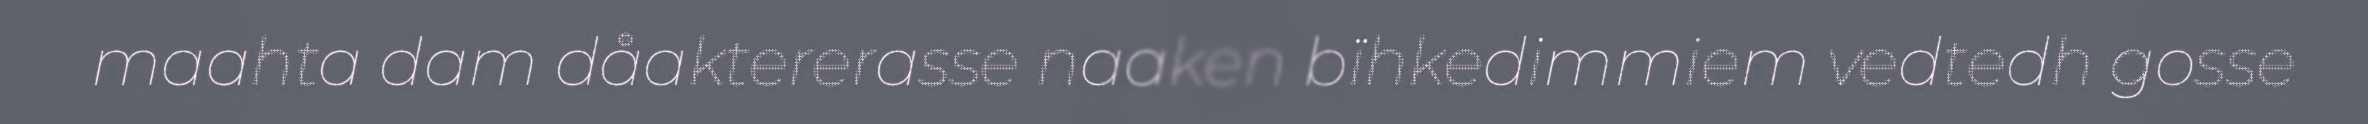
maahta dam dåaktererasse naaken bïhkedimmiem vedtedh gosse